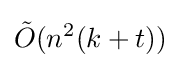
{\tilde {O}}(n^{2}(k+t))